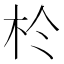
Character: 𪱸